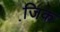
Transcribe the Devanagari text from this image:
जि़क